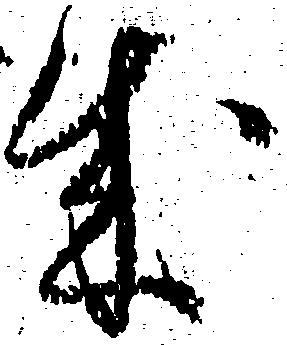
成